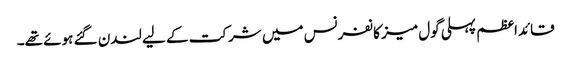
قائداعظم پہلی گول میز کانفرنس میں شرکت کے لیے لندن گئے ہوئے تھے۔